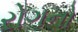
રોગનો